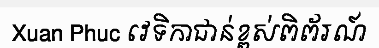
Xuan Phuc វេទិកាជាន់ខ្ពស់ពិព័រណ៍